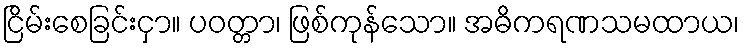
ငြိမ်းစေခြင်းငှာ။ ပဝတ္တာ၊ ဖြစ်ကုန်သော။ အဓိကရဏသမထာယ၊